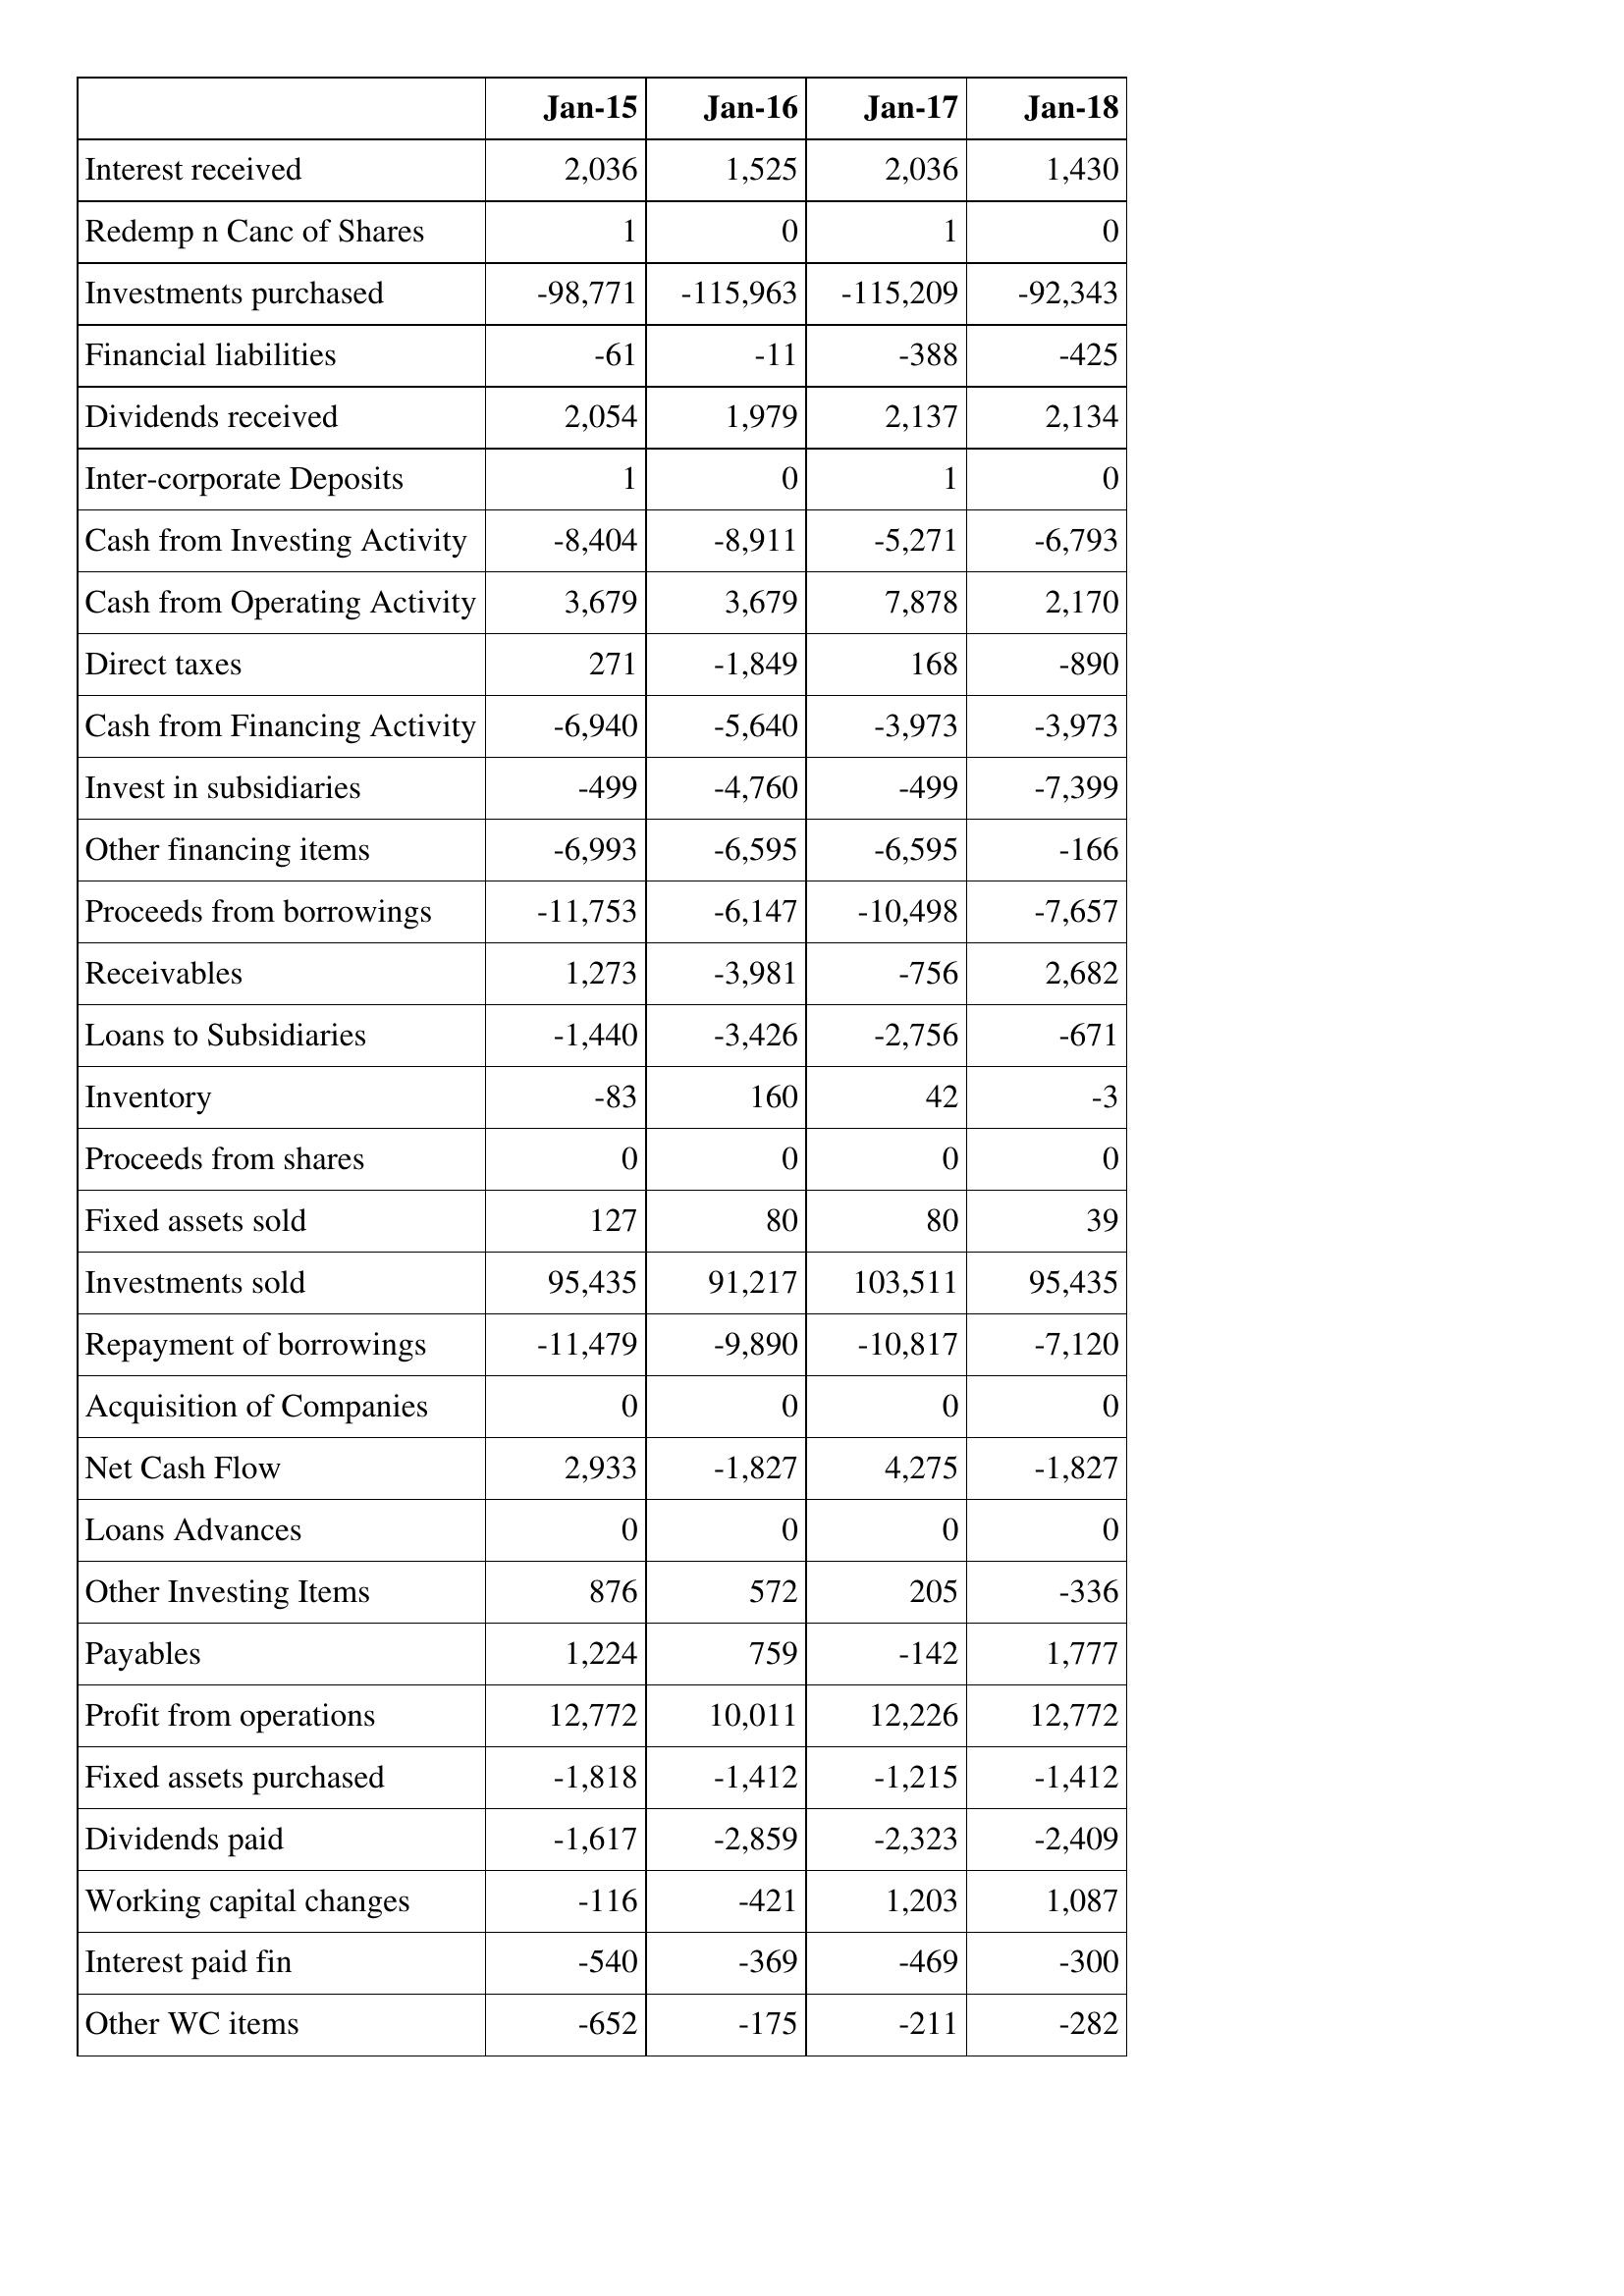
Jan-15: Cash Flows: Interest received: 2,036
Redemp n Canc of Shares: 1
Investments purchased: -98,771
Financial liabilities: -61
Dividends received: 2,054
Inter-corporate Deposits: 1
Cash from Investing Activity: -8,404
Cash from Operating Activity: 3,679
Direct taxes: 271
Cash from Financing Activity: -6,940
Invest in subsidiaries: -499
Other financing items: -6,993
Proceeds from borrowings: -11,753
Receivables: 1,273
Loans to Subsidiaries: -1,440
Inventory: -83
Proceeds from shares: 0
Fixed assets sold: 127
Investments sold: 95,435
Repayment of borrowings: -11,479
Acquisition of Companies: 0
Net Cash Flow: 2,933
Loans Advances: 0
Other Investing Items: 876
Payables: 1,224
Profit from operations: 12,772
Fixed assets purchased: -1,818
Dividends paid: -1,617
Working capital changes: -116
Interest paid fin: -540
Other WC items: -652
Jan-16: Cash Flows: Interest received: 1,525
Redemp n Canc of Shares: 0
Investments purchased: -115,963
Financial liabilities: -11
Dividends received: 1,979
Inter-corporate Deposits: 0
Cash from Investing Activity: -8,911
Cash from Operating Activity: 3,679
Direct taxes: -1,849
Cash from Financing Activity: -5,640
Invest in subsidiaries: -4,760
Other financing items: -6,595
Proceeds from borrowings: -6,147
Receivables: -3,981
Loans to Subsidiaries: -3,426
Inventory: 160
Proceeds from shares: 0
Fixed assets sold: 80
Investments sold: 91,217
Repayment of borrowings: -9,890
Acquisition of Companies: 0
Net Cash Flow: -1,827
Loans Advances: 0
Other Investing Items: 572
Payables: 759
Profit from operations: 10,011
Fixed assets purchased: -1,412
Dividends paid: -2,859
Working capital changes: -421
Interest paid fin: -369
Other WC items: -175
Jan-17: Cash Flows: Interest received: 2,036
Redemp n Canc of Shares: 1
Investments purchased: -115,209
Financial liabilities: -388
Dividends received: 2,137
Inter-corporate Deposits: 1
Cash from Investing Activity: -5,271
Cash from Operating Activity: 7,878
Direct taxes: 168
Cash from Financing Activity: -3,973
Invest in subsidiaries: -499
Other financing items: -6,595
Proceeds from borrowings: -10,498
Receivables: -756
Loans to Subsidiaries: -2,756
Inventory: 42
Proceeds from shares: 0
Fixed assets sold: 80
Investments sold: 103,511
Repayment of borrowings: -10,817
Acquisition of Companies: 0
Net Cash Flow: 4,275
Loans Advances: 0
Other Investing Items: 205
Payables: -142
Profit from operations: 12,226
Fixed assets purchased: -1,215
Dividends paid: -2,323
Working capital changes: 1,203
Interest paid fin: -469
Other WC items: -211
Jan-18: Cash Flows: Interest received: 1,430
Redemp n Canc of Shares: 0
Investments purchased: -92,343
Financial liabilities: -425
Dividends received: 2,134
Inter-corporate Deposits: 0
Cash from Investing Activity: -6,793
Cash from Operating Activity: 2,170
Direct taxes: -890
Cash from Financing Activity: -3,973
Invest in subsidiaries: -7,399
Other financing items: -166
Proceeds from borrowings: -7,657
Receivables: 2,682
Loans to Subsidiaries: -671
Inventory: -3
Proceeds from shares: 0
Fixed assets sold: 39
Investments sold: 95,435
Repayment of borrowings: -7,120
Acquisition of Companies: 0
Net Cash Flow: -1,827
Loans Advances: 0
Other Investing Items: -336
Payables: 1,777
Profit from operations: 12,772
Fixed assets purchased: -1,412
Dividends paid: -2,409
Working capital changes: 1,087
Interest paid fin: -300
Other WC items: -282